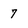
Character: 7